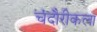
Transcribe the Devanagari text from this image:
चंदौरीकला